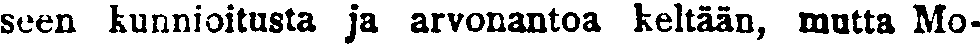
seen kunnioitusta ja arvonantoa keltään, mutta Mo-